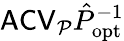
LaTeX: \mathsf{ACV}_{\mathcal P}\hat{P}_{\mathrm{opt}}^{-1}